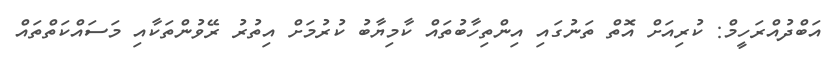
އަބްދުއްރަހީމް: ކުރިއަށް އޮތް ތަނުގައި އިންތިހާބުތައް ކާމިޔާބު ކުރުމަށް އިތުރު ރޭވުންތަކާއި މަސައްކަތްތައް